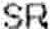
SR